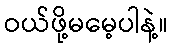
ဝယ်ဖို့မမေ့ပါနဲ့။